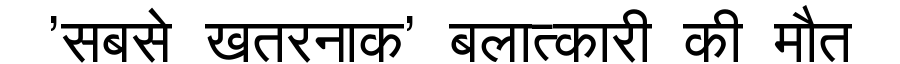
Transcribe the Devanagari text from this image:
'सबसे खतरनाक' बलात्कारी की मौत